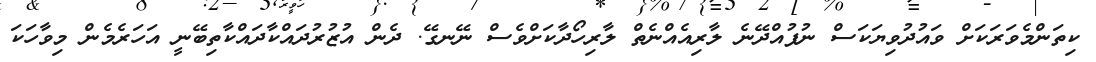
ކިތަންމެވަރަކަށް ވައުދުވިޔަކަސް ނުފުއްދޭނެ ލާރިއެއްނެތް ލާރިހޯދާކަށްވެސް ނޭނގޭ. ދެން އުޒުރުދައްކާދައްކާތިބޭނީ އަހަރެމެން މިވާހަކަ